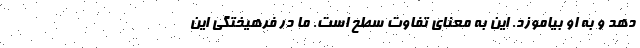
دهد و به او بیاموزد. این به معنای تفاوت سطح است. ما در فرهیختگی این